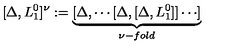
[ \Delta , L _ { 1 } ^ { 0 } ] ^ { \nu } : = \underbrace { [ \Delta , \cdots [ \Delta , [ \Delta , L _ { 1 } ^ { 0 } ] ] \cdots ] } _ { \nu - f o l d }